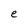
Character: e